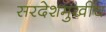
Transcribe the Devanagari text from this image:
सरदेशमुखीच